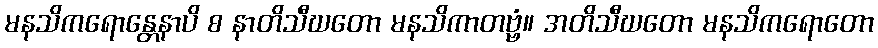
မနသိကရောန္တေနာပိ စ နာတိသီဃတော မနသိကာတဗ္ဗံ။ အတိသီဃတော မနသိကရောတော